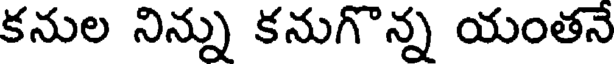
కనుల నిన్ను కనుగొన్న యంతనే